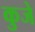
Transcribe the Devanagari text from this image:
कुजे